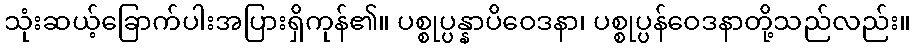
သုံးဆယ့်ခြောက်ပါးအပြားရှိကုန်၏။ ပစ္စုပ္ပန္နာပိဝေဒနာ၊ ပစ္စုပ္ပန်ဝေဒနာတို့သည်လည်း။